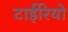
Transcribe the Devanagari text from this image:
टाईरियो